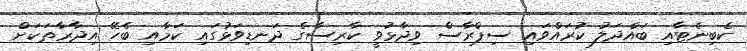
ކެބިނެޓާއި ބައްދަލު ކުރައްވައި ސިޕްރާސް ވިދާޅުވީ ކާރިސާގެ ދަނޑިވަޅުގައި ކަމާއި ބެހޭ އިދާރާތަކަށް